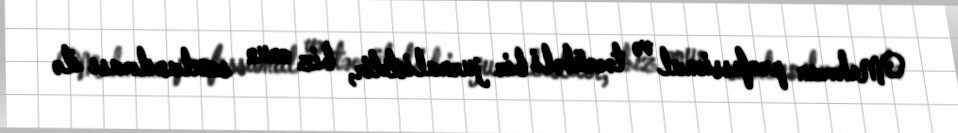
Mehman professional və təcrübəli bir jurnalistdir, biz onun saxlanılması ilə